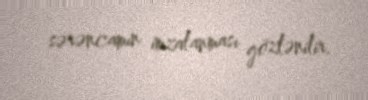
sərəncamın imzalanması gözlənilir.